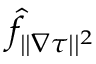
\hat { f } _ { | | \nabla \tau | | ^ { 2 } }